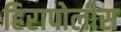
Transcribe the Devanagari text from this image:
हिरापोलीस